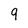
Character: 9